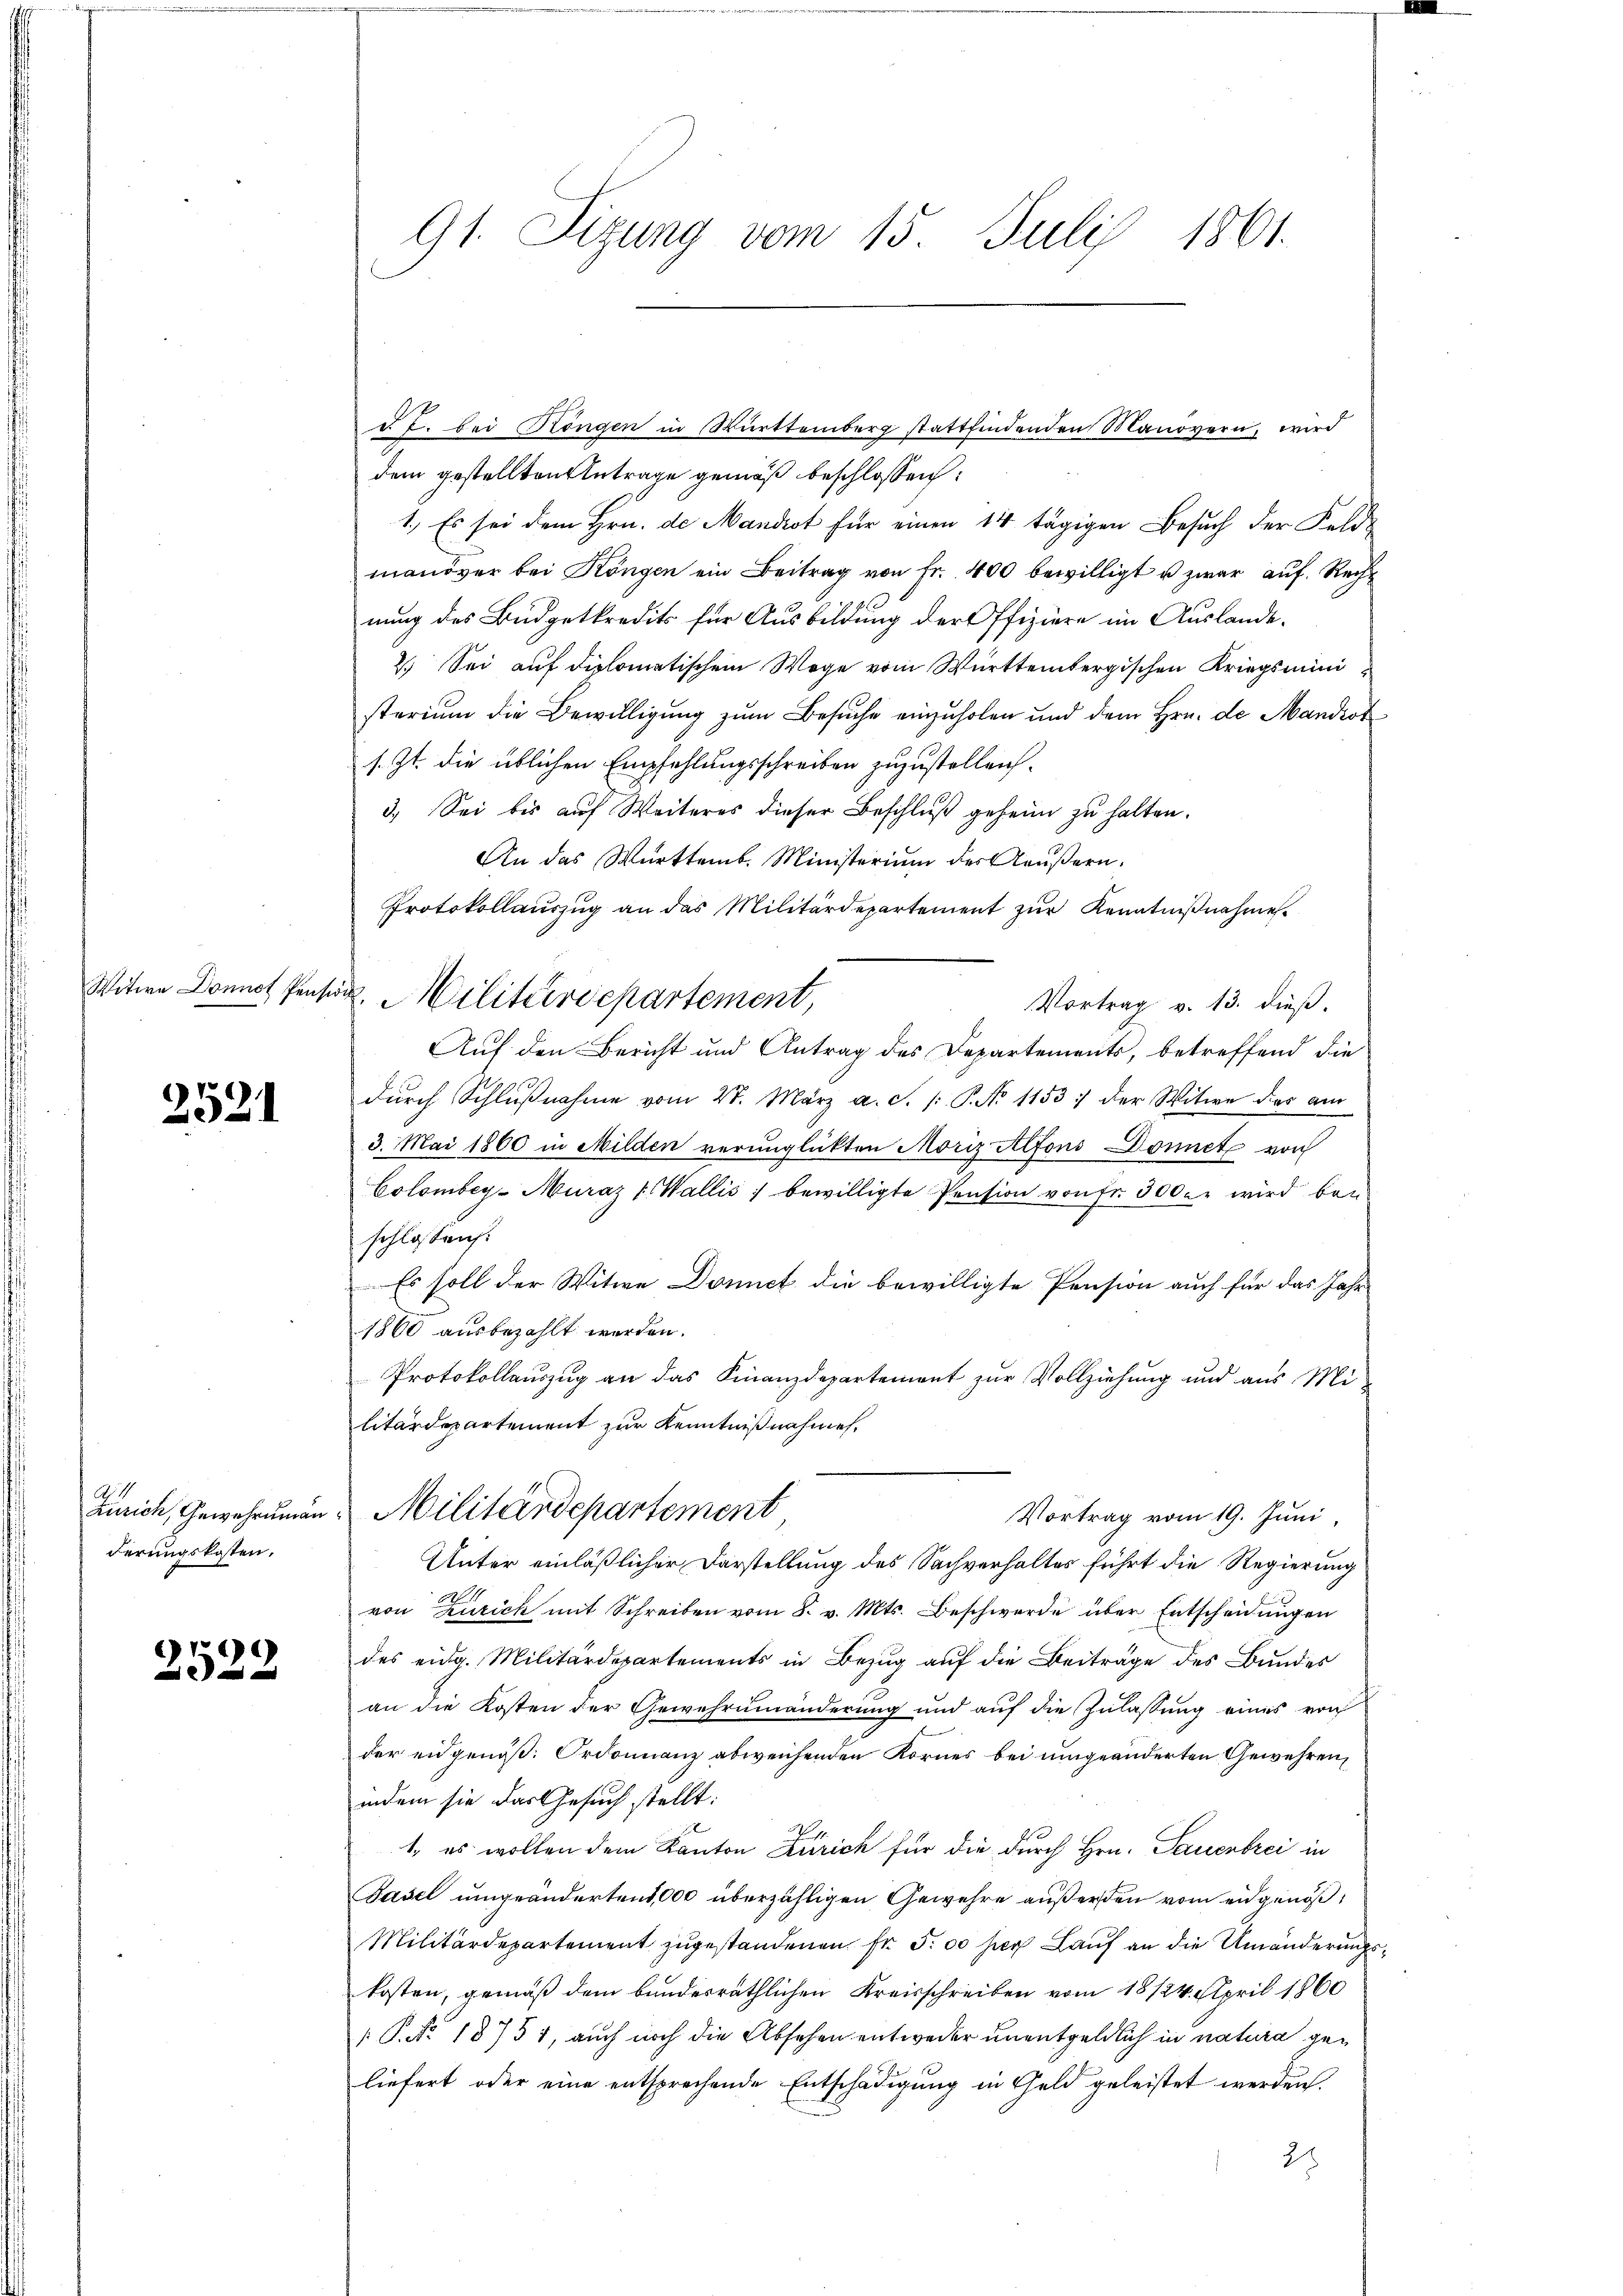
2521

Zürich, Gewehrungen
derungskosten.

2522

91. Sizung vom 15. Juli 1861.

d I. bei Höngen in Württemberg stattfindenden Manövern, wird
dem gestellten Antrage gemäß beschlossen:
1.) Es sei dem Hrn. de Mandot für einen 14 tägigen Besuch der Felde
manöver bei Köngen ein Beitrag von Fr. 400 bewilligt u zwar auf Recht
nung des Büdgetkredits für Ausbildung der Offiziere im Auslande¬
2.) Sei auf diplomatischem Wege vom Württembergischen Kriegsministerium die Bewilligung zum Besuche einzuholen und dem Hrn. de Mandiot
s. Zt. die üblichen Empfehlungsschreiben zuzustellen.
3.) Sei bis auf Weiteres dieser Beschluß geheim zu halten.
An das Württemb. Ministerium des Aeußern.
Protokollaŭszŭg an das Militärdepartement zŭr Kenntniβnahme.
Vortrag v. 13. dieß.
Auf den Bericht und Antrag des Departements, betreffend die
dŭrch Schlŭβnahme vom 28. März a. c. /: P. No 1153 der Witwe des am
3. Mai 1860 in Milden verunglückten Moriz Alfons Donnet von
Colombeg-Muraz (Wallis bewilligte Pension von fr. 300. r wird bei
schlossen:
Es soll der Witwe Domict die bewilligte Pension auch für das Jahr
1860 ausbezahlt werden.
Protokollauszug an das Finanzdepartement zur Vollziehung und aus Militärdepartement zur Kenntnißnahmen.
Militärdepartement
Vortrag vom 19. Juni,
Unter einläßlicher Darstellung des Sachverhaltes führt die Regierung
von Zürich mit Schreiben vom 8. v. Mts. Beschwerde über Entscheidungen
des eidg. Militärdepartements in Bezug auf die Beiträge des Bundes
an die Kosten der Gewehrumänderung und auf die Zulassung eines von
der eidgenöß. Ordonnanz abweichenden Kornes bei umgeänderten Gewehren,
indem sie das Gesuch stellt:
Es
1., es wollen dem Kanton Zürich für die durch Hrn. Pauenbrei in
Pasel umgeändertens, 000 überzähligen Gewehre außerden vom eidgenöß¬
Militärdepartement zugestandenen Fr. 500 her Lauf an die Umänderungskosten, gemäß dem bundesräthlichen Kreisschreiben vom 18 124. April 1860
P.No. 18751, auch noch die Absehen entweder unentgeldlich in natura gen
liefert oder eine entsprechende Entschädigung in Geld geleistet werden.
21

Witwe Donnes Pensirt. Militärdepartement,